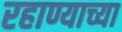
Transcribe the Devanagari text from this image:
रहाण्याच्या